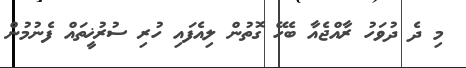
މި ދެ ދުވަހު ރާއްޖެއާ ބެހޭ ގޮތުން ލިއެފައި ހުރި ސުރުޚީތައް ފެނުމުން